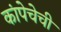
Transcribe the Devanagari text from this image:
कांपेचेची